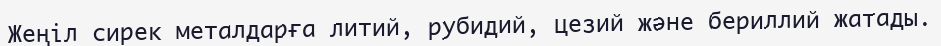
Жеңіл сирек металдарға литий, рубидий, цезий және бериллий жатады.